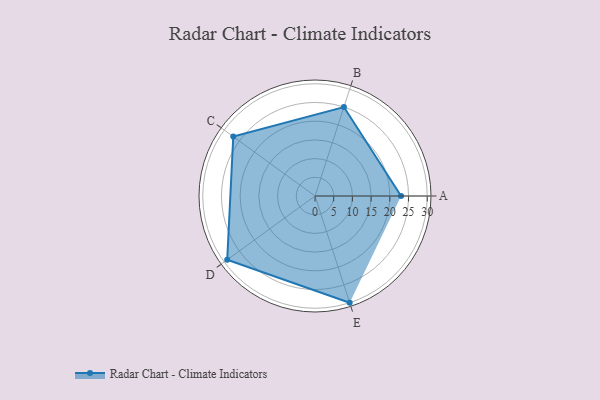
{"axis": {"x": "Skill", "y": "Score"}, "legend": ["Profile"], "data": [{"x": "A", "y": 23.0, "type": "Profile"}, {"x": "B", "y": 25.0, "type": "Profile"}, {"x": "C", "y": 27.0, "type": "Profile"}, {"x": "D", "y": 29.0, "type": "Profile"}, {"x": "E", "y": 30.0, "type": "Profile"}]}